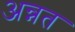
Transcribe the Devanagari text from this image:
अन्नत